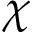
\chi